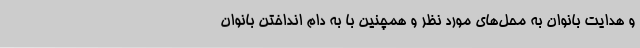
و هدایت بانوان به محل‌های مورد نظر و همچنین با به دام انداختن بانوان